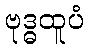
ဗုဒ္ဓထူပံ